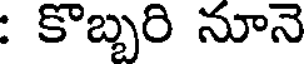
: కొబ్బరి నూనె